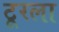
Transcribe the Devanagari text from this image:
टूरला